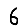
Digit: 6